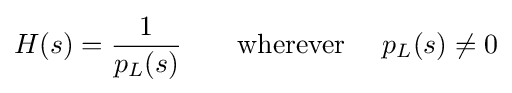
H(s)={\frac {1}{p_{L}(s)}}\qquad {\text{wherever }}\quad p_{L}(s)\neq 0